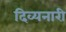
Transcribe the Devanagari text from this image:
दिव्यनारी